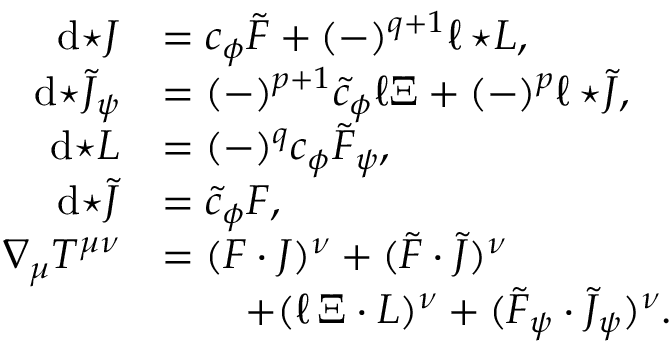
\begin{array} { r l } { \mathrm { d } { \star J } } & { = c _ { \phi } \tilde { F } + ( - ) ^ { q + 1 } \ell \, { \star L } , } \\ { \mathrm { d } { \star \tilde { J } _ { \psi } } } & { = ( - ) ^ { p + 1 } \tilde { c } _ { \phi } \ell \Xi + ( - ) ^ { p } \ell \, { \star \tilde { J } } , } \\ { \mathrm { d } { \star L } } & { = ( - ) ^ { q } c _ { \phi } \tilde { F } _ { \psi } , } \\ { \mathrm { d } { \star \tilde { J } } } & { = \tilde { c } _ { \phi } F , } \\ { \nabla _ { \mu } T ^ { \mu \nu } } & { = ( F \cdot J ) ^ { \nu } + ( \tilde { F } \cdot \tilde { J } ) ^ { \nu } } \\ & { \qquad + ( \ell \, \Xi \cdot L ) ^ { \nu } + ( \tilde { F } _ { \psi } \cdot \tilde { J } _ { \psi } ) ^ { \nu } . } \end{array}